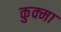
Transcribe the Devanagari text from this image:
कुक्मा